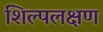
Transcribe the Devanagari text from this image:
शिल्पलक्षण